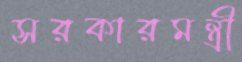
সরকারমন্ত্রী